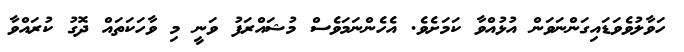
ހަވާލުވެވަޑައިގަންނަވަން އުޅުއްވާ ކަމަށެވެ. އެހެންނަމަވެސް މުޝައްރަފު ވަނީ މި ވާހަކަތައް ދޮގު ކުރައްވާ